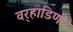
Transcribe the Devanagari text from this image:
वर्‍हाडिणी